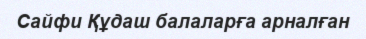
Сайфи Құдаш балаларға арналған